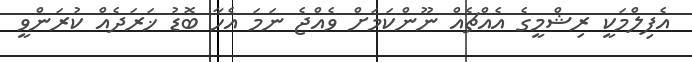
އެފިލްމަކީ ރިޝްމީގެ އެއްޗެއް ނޫންކަމަށް ވެއްޖެ ނަމަ އެހާ ބޮޑު ޚަރަދެއް ކުރަންވީ